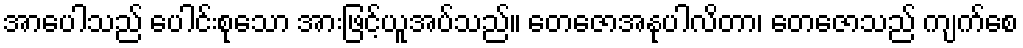
အာပေါသည် ပေါင်းစုသော အားဖြင့်ယူအပ်သည်။ တေဇောအနုပါလိတာ၊ တေဇောသည် ကျက်စေ